Annual report of the Punjab Veterinary College and of the Civil Veterinary Department, Punjab - 1920-1925
Year: 1920
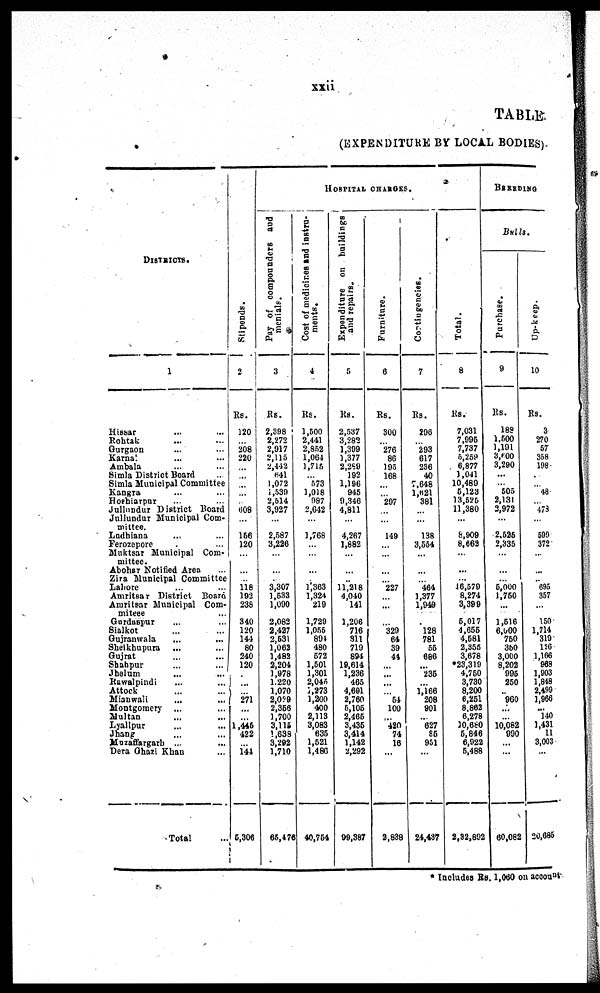
xxii
TABLE
( EXPENDITURE B Y LOCAL BODIES) .
DI STRI CTS.
1
Hi ssar ... ...
Roht ak ... ...
Gurgaon .
.
. .
.
.
Karnal ... ...
Ambal a ... ...
Si ml a Di stri ct Board ..
Si ml a Muni ci pal Commi t t ee
Kangra ... ...
Hoshi arpur ... ...
Jul l undur Di stri ct Board
Jul l undur Muni ci pal Com-
mi ttee.
Ladhi ana ... ...
Ferozepore ... ...
Mukt s ar Muni ci pal Com-
mi ttee.
Abohs r Not i f i ed Area ...
Zi ra Muni ci pal Commi t t ee
Lahore Amri t sar Di stri ct Board
Amri t sar Muni ci pal C o m -
mi t eee ...
Gurdas pur ... ...
Si al kot ... ...
Guj ranwal a ... ...
Shei khupura ... ...
Guj rat ... ...
Shahpur ... ...
Jhel um ... ...
Rawal pi ndi ... ...
At t ock ... ...
Mi anwal i ... ...
Mont gomery ... ...
Mul t an ... ...
Lyal l pur ... ...
Jhang ... ...
Mozaf f argarh ... ...
Dera Ghazi Khan ...
Tot al ...
Stipends.
2
120
...
208 220 ... ...
... ... ... 608 ...
166 120
...
... ... 118
192 238
340 120 144 80
240
120
... ... ... 271
... ... 1, 446 422
... 144
5, 306
Pay of compounders and
menials.
3
R s .
2, 398
2, 272
2, 917
2, 115
2, 442 641
1, 072
1, 539
2, 614
3, 927
...
2, 587
3, 226
...
... ...
3, 307
1, 533
1, 090
2, 082
2, 427
2, 531
1, 062
1, 482
2, 204
1, 978
1, 220
1, 070
2, 029
2, 356
1, 700
3, 115
1, 638
3, 292
1, 710
65, 476
HOSPITAL CHARGES.
Cost of medicires and instru-
4
R s .
1, 500
2, 441
2, 852
1, 064
1, 715
... 573
1, 018 987
2, 012
...
1, 768
... ...
... ... 1, 363
1, 324 219
1, 729
1, 055 894 480 572
1, 501
1, 301
2, 045
1, 273
1, 200 400
2, 113
3, 083 635
1, 521
1, 480
40, 754
Expenditure on buildings
and repairs.
5
R s .
2, 537
3, 282
1, 399
1, 377
2, 289 192
1, 196 945
9, 346
4, 811
...
4, 267
1, 882
...
... ... 11, 218
4, 040 141
1, 206 716 311 719 894
19, 614
1, 236 465
4, 691
2, 760
5, 105
2, 465
3, 435
3, 414
1, 142
2, 292
99, 387
Furniture.
6
R s .
300
... 276 86
195 168
... ... 297
... ...
149
... ...
... ... 227
... ...
... 329 64 39 44
... ... ... ... 54
100
... 420 74 16
...
2, 838
Cortingencies.
7
R s .
296
... 293 617 286 40
7, 648
1, 621 381
...
138
3, 554
...
... ... 464
1, 377
1, 949
... 128
781 55
686
... 235
... 1, 166 208 901
... 627 85
951
...
24, 437
Total.
8
Rs.
7, 031
7, 995
7, 737
5, 259
6, 877
1, 041
10, 489
5, 123
13, 526
11, 380
...
8, 909
8, 663
...
...
... 46, 579
8, 274
3, 399
5, 017
4, 655
4, 581
2, 355
3, 678
*23, 319
4, 750
3, 730
8, 200
6, 251
8, 862
6, 278
10, 680
5, 846
6, 922
5, 488
2, 32, 892
BRERDING
Bulls.
Purchase.
9
Rs.
188
1, 500
1, 191
3, 600
3, 290
... ... 505
2, 131
2, 972
...
2, 525
2, 335
...
... ... 6, 000
1, 750
...
1, 516
6, 000 750 350
3, 000
8, 202 995 250
... 960
... ... 10, 082 990
... ...
60, 082
Up-keep.
10
R s .
3
270 57
358 198
... 48
478
...
500 372
...
... ... 695 357
...
150
1, 714 319 126
1, 166 968
1, 903
1, 848
2, 499
1, 966
... 140
1, 431 11
3, 003
...
20, 685
* Incl udes Rs. 1, 060 on account